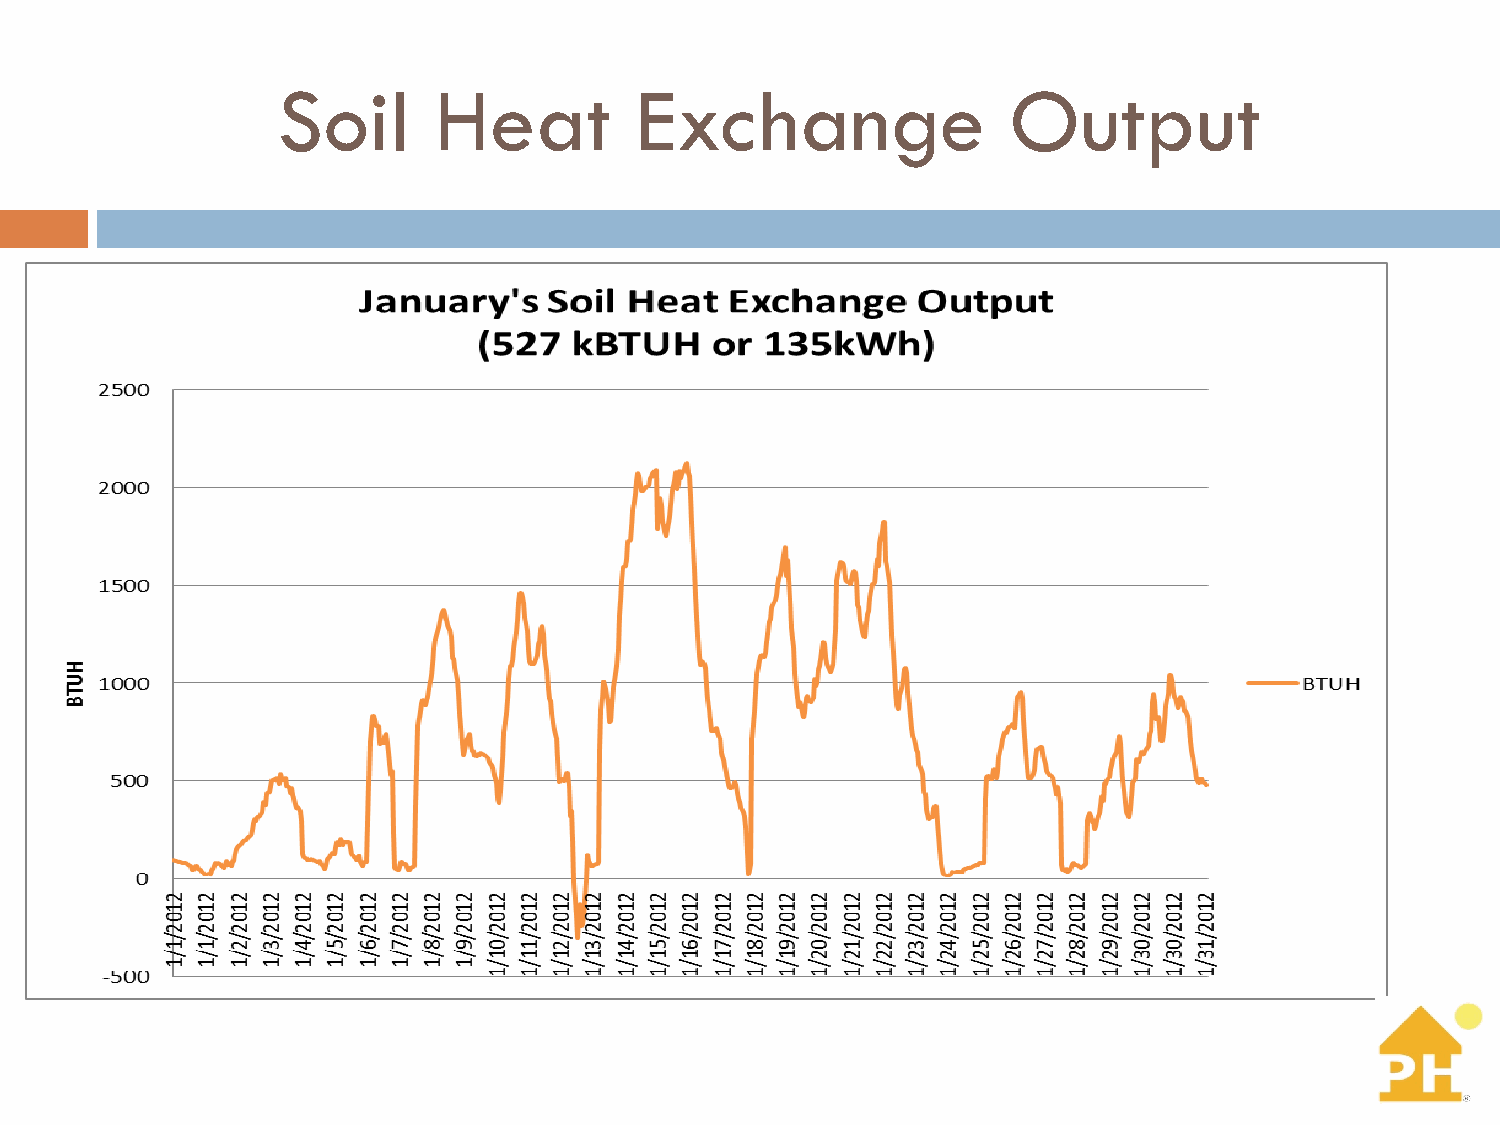
Soil       Heat         Exchange                 Output